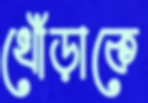
খোঁড়াকে